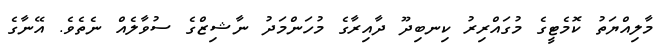
މާލިއްޔަތު ކޮމެޓީގެ މުގައްރިރު ކިނބިދޫ ދާއިރާގެ މުހަންމަދު ނާޝިޒްގެ ސުވާލެއް ނެތެވެ. އޭނާގެ